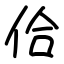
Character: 佮